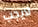
لايجب